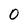
Character: 0